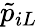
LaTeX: \tilde{p}_{iL}